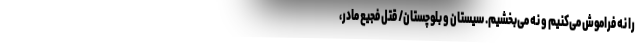
را نه فراموش می‌کنیم و نه می‌بخشیم. سیستان و بلوچستان/ قتل فجیع مادر،